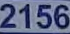
2156